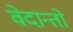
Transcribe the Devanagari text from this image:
वेदान्तो